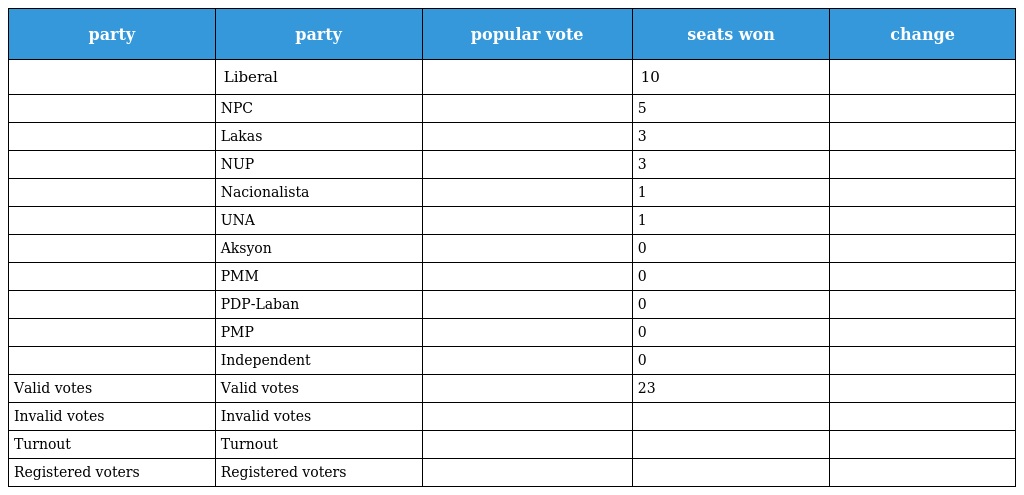
| party | party | popular vote | seats won | change |
 | --- | --- | --- | --- | --- |
 |  | Liberal |  | 10 |  |
 |  | NPC |  | 5 |  |
 |  | Lakas |  | 3 |  |
 |  | NUP |  | 3 |  |
 |  | Nacionalista |  | 1 |  |
 |  | UNA |  | 1 |  |
 |  | Aksyon |  | 0 |  |
 |  | PMM |  | 0 |  |
 |  | PDP-Laban |  | 0 |  |
 |  | PMP |  | 0 |  |
 |  | Independent |  | 0 |  |
 | Valid votes | Valid votes |  | 23 |  |
 | Invalid votes | Invalid votes |  |  |  |
 | Turnout | Turnout |  |  |  |
 | Registered voters | Registered voters |  |  |  |